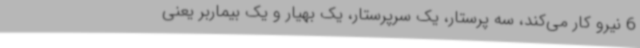
6 نیرو کار می‌کند، سه پرستار، یک سرپرستار، یک بهیار و یک بیماربر یعنی